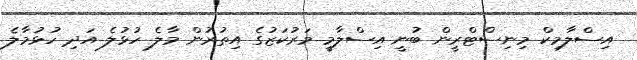
އިސްލާމިކް މިނިސްޓްރީން ބުނީ އިސްލާމީ މަރުކަޒުގެ އިތުރުން މާލެ ހުޅުލެ އަދި ހުޅުމާލެ